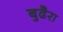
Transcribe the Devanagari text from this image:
बुढैरा